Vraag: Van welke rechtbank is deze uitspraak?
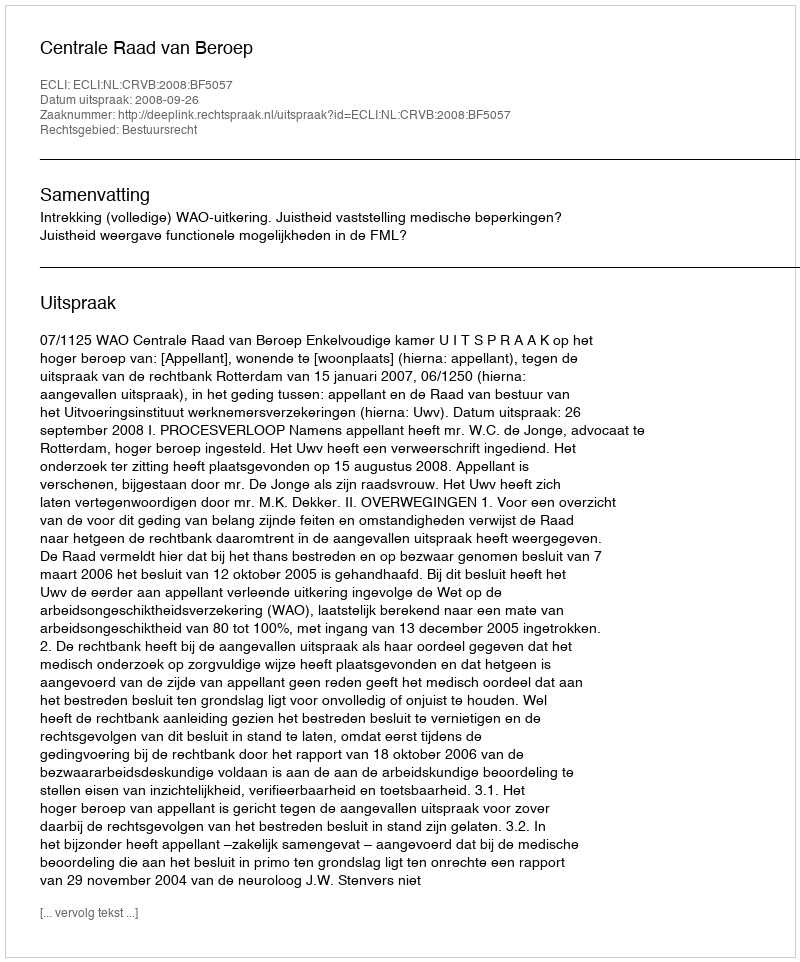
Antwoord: Centrale Raad van Beroep